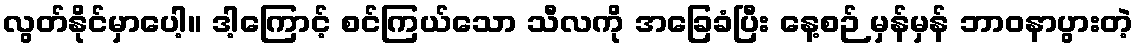
လွတ်နိုင်မှာပေါ့။ ဒါ့ကြောင့် စင်ကြယ်သော သီလကို အခြေခံပြီး နေ့စဉ် မှန်မှန် ဘာဝနာပွားတဲ့